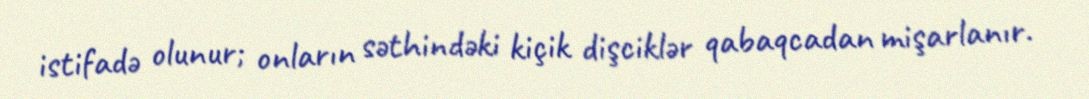
istifadə olunur; onların səthindəki kiçik dişciklər qabaqcadan mişarlanır.